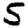
Digit: 5